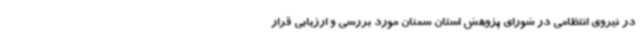
در نیروی انتظامی در شورای پژوهش استان سمنان مورد بررسی و ارزیابی قرار